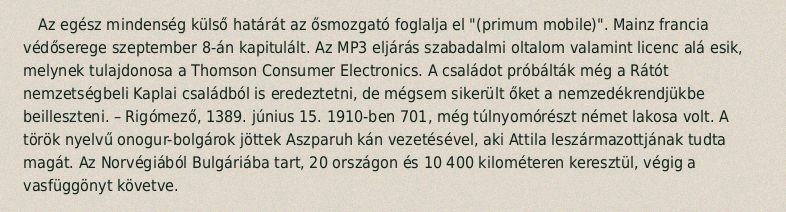
Az egész mindenség külső határát az ősmozgató foglalja el "(primum mobile)". Mainz francia védőserege szeptember 8-án kapitulált. Az MP3 eljárás szabadalmi oltalom valamint licenc alá esik, melynek tulajdonosa a Thomson Consumer Electronics. A családot próbálták még a Rátót nemzetségbeli Kaplai családból is eredeztetni, de mégsem sikerült őket a nemzedékrendjükbe beilleszteni. – Rigómező, 1389. június 15. 1910-ben 701, még túlnyomórészt német lakosa volt. A török nyelvű onogur-bolgárok jöttek Aszparuh kán vezetésével, aki Attila leszármazottjának tudta magát. Az Norvégiából Bulgáriába tart, 20 országon és 10 400 kilométeren keresztül, végig a vasfüggönyt követve.